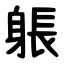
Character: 躼